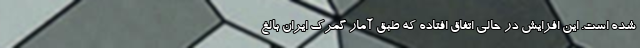
شده است. این افزایش در حالی اتفاق افتاده که طبق آمار گمرک ایران بالغ